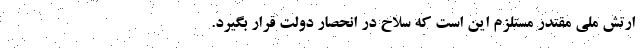
ارتش ملی مقتدر مستلزم این است که سلاح در انحصار دولت قرار بگیرد.